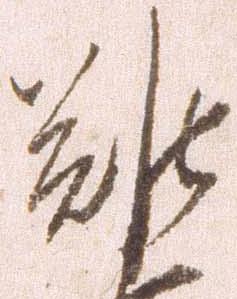
難